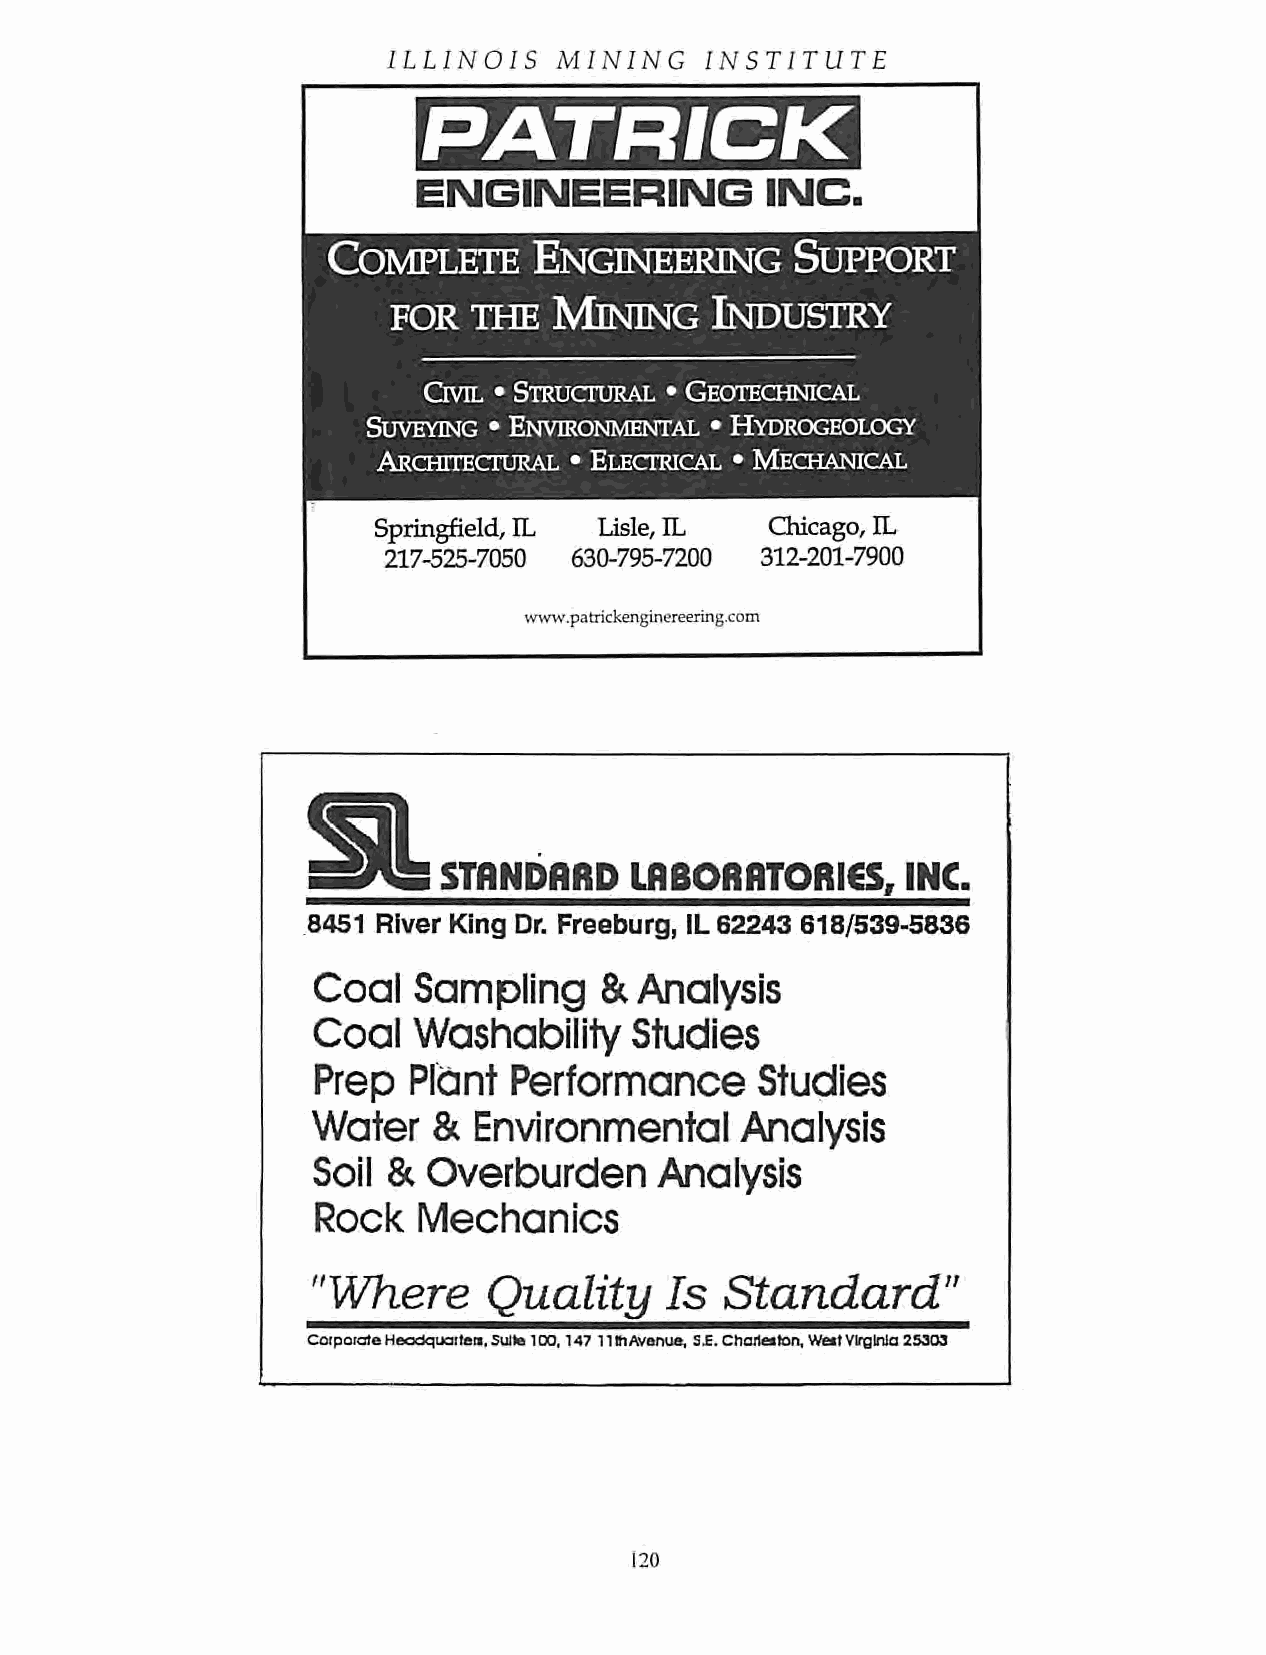
ILLINOIS   MINING    INSTITUTE
 ENGINEERING            INC.
 Complete     Engineering       Support
 for  the   Mining    Industry
 Qvil • Structural • Geotechnical
 Suveying • Environmental • Hydrogeology
 Architectural • Electrical • Mechanical
 Springfield, IL Lisle, IL Chicago, IL
 217-525-7050 630-795-7200 312-201-7900
 www.patrickenginereering.com
 STANDARD     LABORATORIES,     INC.
 8451 River King Dr. Freeburg, IL62243 618/539-5836
 Coal  Sampling     &Analysis
 Coal  Washability    Studies
 Prep  Plant  Performance     Studies
 Water   & Environmental     Analysis
 Soil & Overburden     Analysis
 Rock   Mechanics
 "Where     Quality     Is  Standard"
 CoiporateHeadquarter.,Suite100,147 HtnAvenue, S£.Charteiton,WeilVirginia253Q3
 120